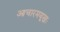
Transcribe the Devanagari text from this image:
आचारमयूखः